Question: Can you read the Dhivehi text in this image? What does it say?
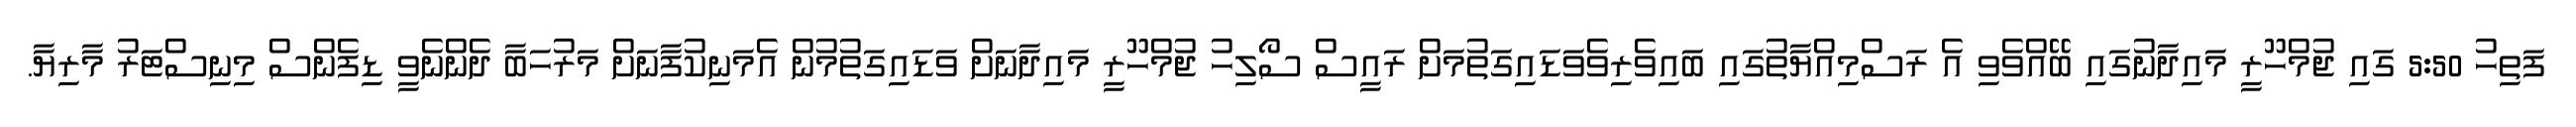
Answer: ފަތިހު 5:50 ގައި ޖުމްހޫރީ މައިދާނުގައި ބޭއްވެވި އެ ރަސްމިއްޔާތުގައި ބައިވެރިވެވަޑައިގަތުމަށް ރައީސް ސޯލިހު ޖުމްހޫރީ މައިދާނަށް ވަޑައިގަތުމުން އެމަނިކުފާނަށް މަރުހަބާ ދެންނެވީ ޑިފެންސް މިނިސްޓަރު މާރިޔާ.